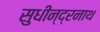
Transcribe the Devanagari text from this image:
सुधीन्द्रनाथ